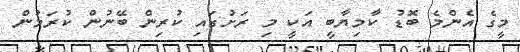
މީގެ އެންމެ ބޮޑު ކާމިޔާބީ އަކީ މި ރަށުގައި ކުރިން ބޭނުން ކުރަމުން